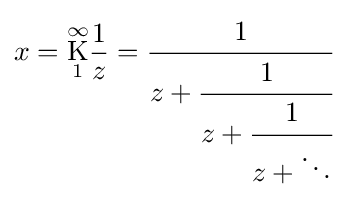
x={\underset {1}{\overset {\infty }{\mathrm {K} }}}{\frac {1}{z}}={\cfrac {1}{z+{\cfrac {1}{z+{\cfrac {1}{z+\ddots }}}}}}